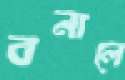
বনালে